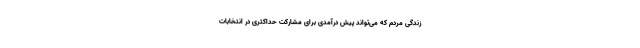
زندگی مردم که می‌تواند پیش درآمدی برای مشارکت حداکثری در انتخابات